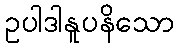
ဥပါဒါနူပနိသော